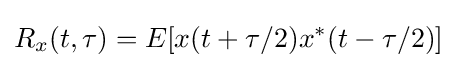
R_{x}(t,\tau )=E[x(t+\tau /2)x^{*}(t-\tau /2)]